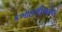
કબાઇલીઓએ